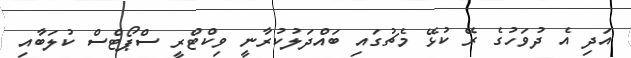
އަދި އެ ދުވަހުގެ ރޭ ކުޅޭ މެޗުގައި ބައްދަލުކުރާނީ ވިކްޓްރީ ސްޕޯޓްސް ކުލަބާއި